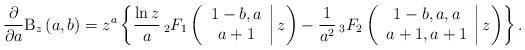
LaTeX: \begin{align*}\frac{\partial }{\partial a}\mathrm{B}_{z}\left( a,b\right) =z^{a}\left\{\frac{\ln z}{a}\,_{2}F_{1}\left( \left.\begin{array}{c}1-b,a \\a+1\end{array}\right\vert z\right) -\frac{1}{a^{2}}\,_{3}F_{2}\left( \left.\begin{array}{c}1-b,a,a \\a+1,a+1\end{array}\right\vert z\right) \right\} . \end{align*}